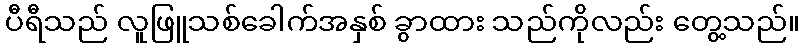
ပီရီသည် လူဖြူသစ်ခေါက်အနှစ် ခွာထား သည်ကိုလည်း တွေ့သည်။